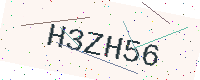
Text: H3ZH56